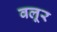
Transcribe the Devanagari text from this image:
वलूर